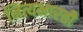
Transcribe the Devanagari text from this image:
नित्यभारती